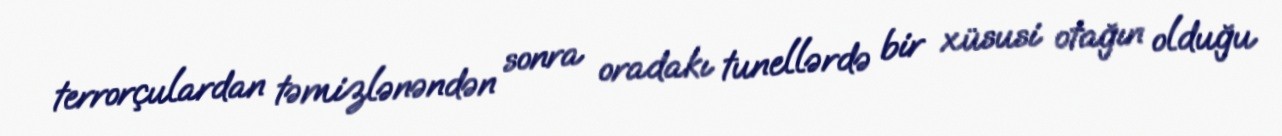
terrorçulardan təmizlənəndən sonra oradakı tunellərdə bir xüsusi otağın olduğu